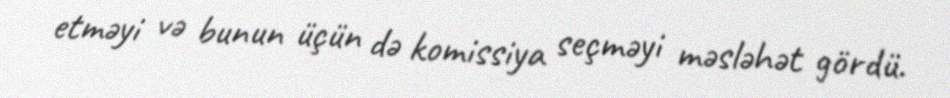
etməyi və bunun üçün də komissiya seçməyi məsləhət gördü.